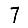
Digit: 7